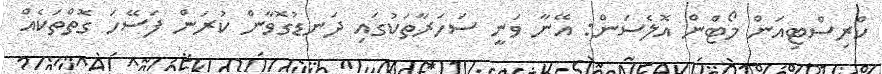
ކްރިސްޓިއަން މޯޓްން އޮލެސަން: އޭނާ ވަނީ ސަހަރާތަކުގައި ދަނޑުގޮވާން ކުރަން ފަސޭހަ ގޮތްތަކެއް